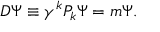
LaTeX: D \Psi \equiv \gamma ^ { k } P _ { k } \Psi = m \Psi .